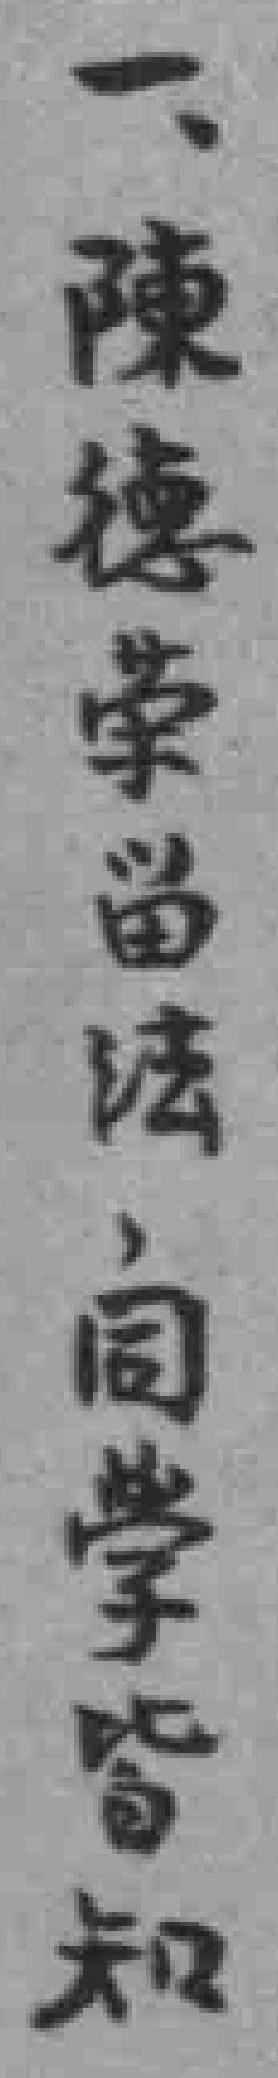
一、陳德荣畄法，同學皆知。